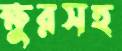
ক্ষুরসহ